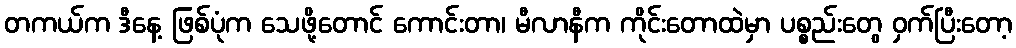
တကယ်က ဒီနေ့ ဖြစ်ပုံက သေဖို့တောင် ကောင်းတာ၊ မီလာနီက ကိုင်းတောထဲမှာ ပစ္စည်းတွေ ဝှက်ပြီးတော့